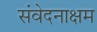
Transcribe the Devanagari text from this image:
संवेदनाक्षम